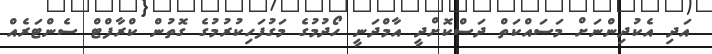
އަދި އެކުދިންނަށް މަސައްކަތް ދަސްކޮށްދީ އާމްދަނީ ހޯދުމުގެ މަގުފަހިކުރުމުގެ ގޮތުން ކްރާފްޓް ސެންޓަރެއް